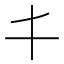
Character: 𠀆